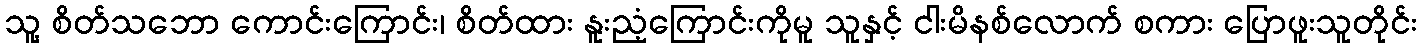
သူ့ စိတ်သဘော ကောင်းကြောင်း၊ စိတ်ထား နူးညံ့ကြောင်းကိုမူ သူနှင့် ငါးမိနစ်လောက် စကား ပြောဖူးသူတိုင်း